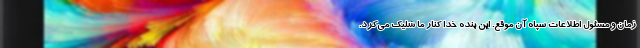
زمان و مسئول اطلاعات سپاه آن موقع. این بنده خدا کنار ما شلیک می‌کرد.